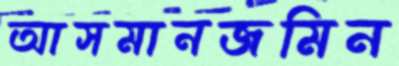
আসমানজমিন